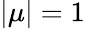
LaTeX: |\mu|=1